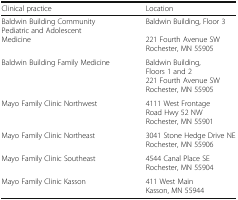
<table><thead><tr><td><b>Clinical practice</b></td><td><b>Location</b></td></tr></thead><tbody><tr><td>Baldwin Building Community Pediatric and Adolescent Medicine</td><td>Baldwin Building, Floor 3221 Fourth Avenue SWRochester, MN 55905</td></tr><tr><td>Baldwin Building Family Medicine</td><td>Baldwin Building, Floors 1 and 2221 Fourth Avenue SWRochester, MN 55905</td></tr><tr><td>Mayo Family Clinic Northwest</td><td>4111 West Frontage Road Hwy 52 NWRochester, MN 55901</td></tr><tr><td>Mayo Family Clinic Northeast</td><td>3041 Stone Hedge Drive NERochester, MN 55906</td></tr><tr><td>Mayo Family Clinic Southeast</td><td>4544 Canal Place SERochester, MN 55904</td></tr><tr><td>Mayo Family Clinic Kasson</td><td>411 West MainKasson, MN 55944</td></tr></tbody></table>